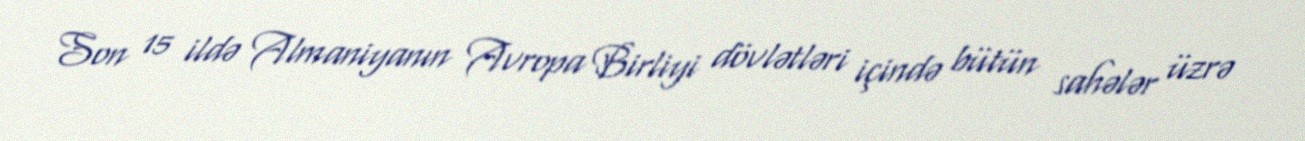
Son 15 ildə Almaniyanın Avropa Birliyi dövlətləri içində bütün sahələr üzrə